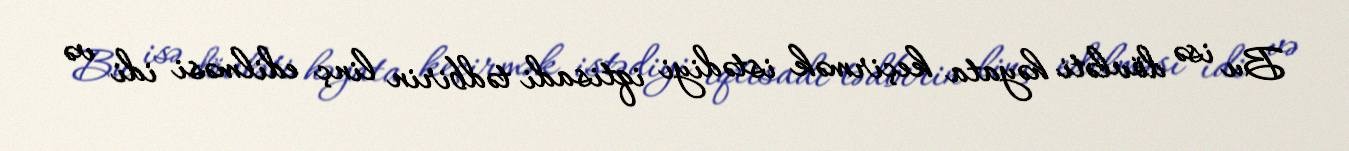
Bu isə dövləti həyata keçirmək istədiyi iqtisadi tədbirin linç edilməsi idi və